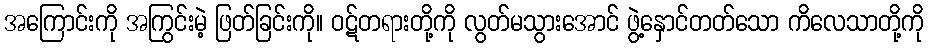
အကြောင်းကို အကြွင်းမဲ့ ဖြတ်ခြင်းကို။ ဝဋ်တရားတို့ကို လွတ်မသွားအောင် ဖွဲ့နှောင်တတ်သော ကိလေသာတို့ကို